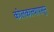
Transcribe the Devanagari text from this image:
कोलकात्त्यापासून